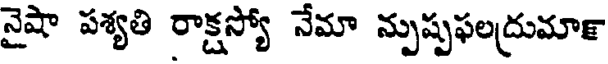
నైషా పశ్యతి రాక్షస్యో నేమా న్పుష్పఫలద్రుమా౯